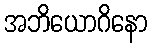
အဘိယောဂိနော